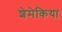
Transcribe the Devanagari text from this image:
शेमेकिया